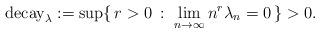
LaTeX: \begin{align*} {\rm decay}_\lambda:=\sup\{\,r>0\, :\ \lim_{n\to\infty}n^r\lambda_n=0\,\}>0. \end{align*}